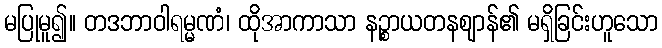
မပြုမူ၍။ တဒဘာဝါရမ္မဏံ၊ ထိုအာကာသာ နဉ္စာယတနဈာန်၏ မရှိခြင်းဟူသော